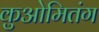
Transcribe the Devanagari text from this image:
कुओमितंग